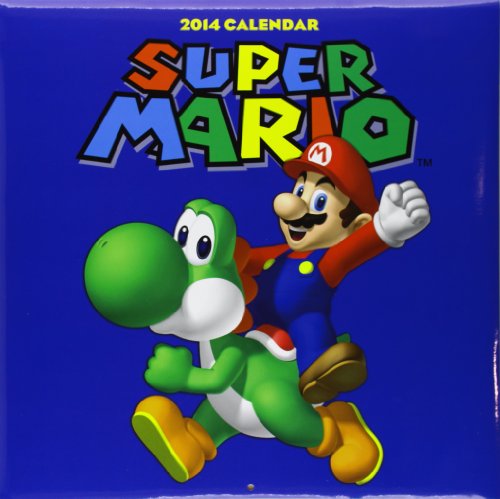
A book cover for Super Mario Brothers 2014 Wall Calendar; Nintendo; Calendars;